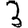
Digit: 3